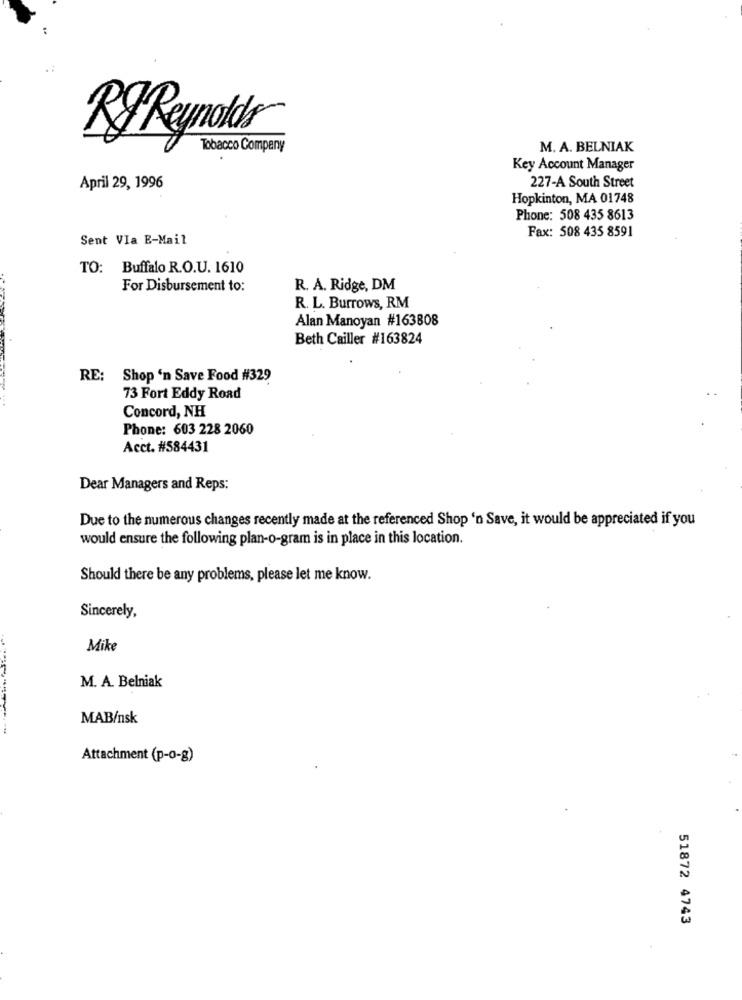
Ry Reynolds
Tobacco Company
M. A. BELNIAK
Key Account Manager
227-A South Street
April 29, 1996
Hopkinton, MA 01748
Phone: 508 435 8613
Fax: 508 435 8591
Sent VIa E-Mail
TO: Buffalo R.O.U. 1610
For Disbursement to:
R. A. Ridge, DM
R. L. Burrows, RM
Alan Manoyan #163808
Beth Cailler #163824
RE: Shop 'n Save Food #329
73 Fort Eddy Road
Concord, NH
Phone: 603 228 2060
Acct. #584431
Dear Managers and Reps:
Due to the numerous changes recently made at the referenced Shop 'n Save, it would be appreciated if you
would ensure the following plan-o-gram is in place in this location.
Should there be any problems, please let me know.
Sincerely,
Mike
M. A. Belniak
MAB/nsk
Attachment (p-o-g)
51872 4743